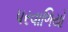
પરવાળિયો